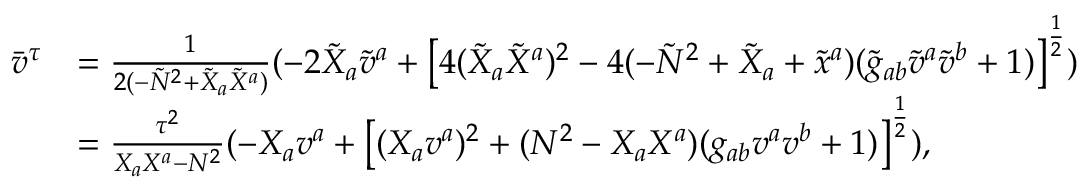
\begin{array} { r l } { \bar { v } ^ { \tau } } & { = \frac { 1 } { 2 ( - \tilde { N } ^ { 2 } + \tilde { X } _ { a } \tilde { X } ^ { a } ) } ( - 2 \tilde { X } _ { a } \tilde { v } ^ { a } + \big [ 4 ( \tilde { X } _ { a } \tilde { X } ^ { a } ) ^ { 2 } - 4 ( - \tilde { N } ^ { 2 } + \tilde { X } _ { a } + \tilde { x } ^ { a } ) ( \tilde { g } _ { a b } \tilde { v } ^ { a } \tilde { v } ^ { b } + 1 ) \big ] ^ { \frac { 1 } { 2 } } ) } \\ & { = \frac { \tau ^ { 2 } } { X _ { a } X ^ { a } - N ^ { 2 } } ( - X _ { a } v ^ { a } + \big [ ( X _ { a } v ^ { a } ) ^ { 2 } + ( N ^ { 2 } - X _ { a } X ^ { a } ) ( g _ { a b } v ^ { a } v ^ { b } + 1 ) \big ] ^ { \frac { 1 } { 2 } } ) , } \end{array}